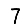
Digit: 7